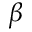
\protect \beta